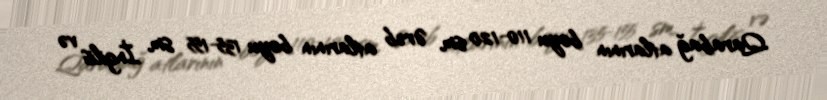
Qarabağ atlarının boyu 110-120 sm, Ərəb atlarının boyu 135-155 sm, İngilis və